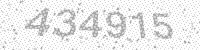
Solution: 434915